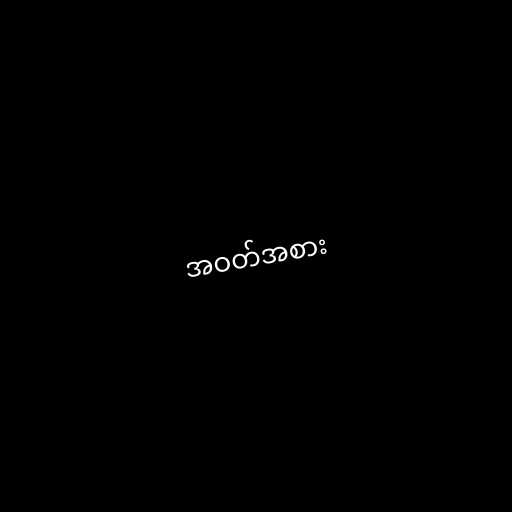
အဝတ်အစား